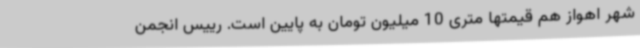
شهر اهواز هم قیمتها متری 10 میلیون تومان به پایین است. رییس انجمن